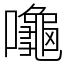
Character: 𪚩